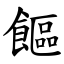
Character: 饇